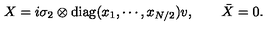
X = i \sigma _ { 2 } \otimes \mathrm { d i a g } ( x _ { 1 } , \cdots , x _ { N / 2 } ) v , \qquad \bar { X } = 0 .